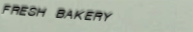
FRESH BAKERY